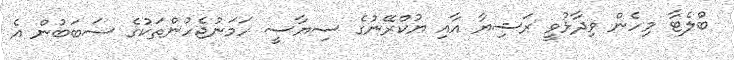
ބްލެޓާ މިހެން ވިދާޅުވީ ރަޝިޔާ އާއި ޔުކްރޭނުގެ ސިޔާސީ ހަމަނުޖެހުންތަކުގެ ސަބަބުން އެ